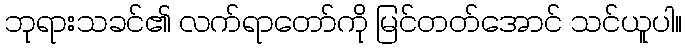
ဘုရားသခင်၏ လက်ရာတော်ကို မြင်တတ်အောင် သင်ယူပါ။